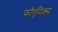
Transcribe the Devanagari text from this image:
फॉएनिक्स